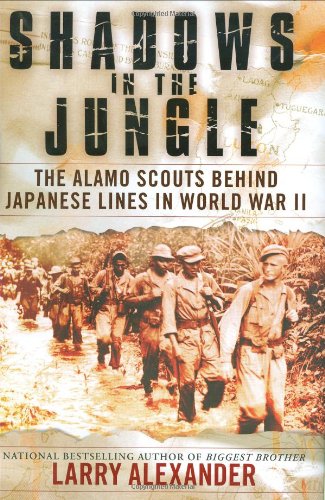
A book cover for Shadows In The Jungle: The Alamo Scouts Behind Japanese Lines In World War II; Larry Alexander; History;